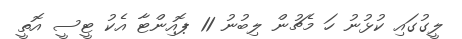
ލީގުގައި ކުޅުނު ހަ މެޗުން ލިބުނު 11 ޕޮއިންޓާ އެކު ޓީސީ އޮތީ